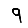
Digit: 9